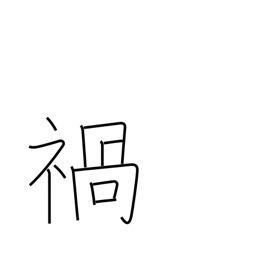
Meaning: calamity